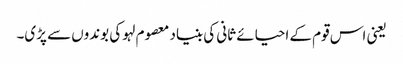
یعنی اس قوم کے احیائے ثانی کی بنیاد معصوم لہو کی بوندوں سے پڑی۔